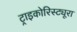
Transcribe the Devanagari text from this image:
ट्राइकोरिस्ट्यूरा